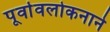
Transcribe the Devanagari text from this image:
पूर्वावलोकनाने